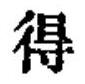
得